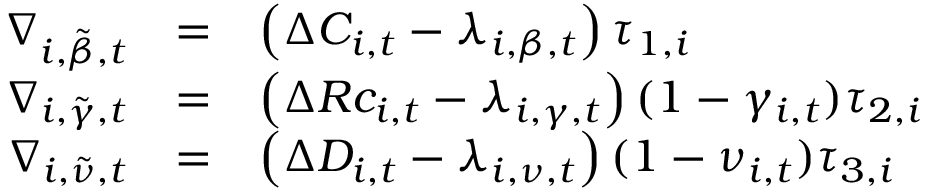
\begin{array} { r c l } { \nabla _ { i , \tilde { \beta } , t } } & { = } & { \left( \Delta C _ { i , t } - \lambda _ { i , \beta , t } \right) \tau _ { 1 , i } } \\ { \nabla _ { i , \tilde { \gamma } , t } } & { = } & { \left( \Delta R c _ { i , t } - \lambda _ { i , \gamma , t } \right) ( 1 - \gamma _ { i , t } ) \tau _ { 2 , i } } \\ { \nabla _ { i , \tilde { \nu } , t } } & { = } & { \left( \Delta D _ { i , t } - \lambda _ { i , \nu , t } \right) ( 1 - \nu _ { i , t } ) \tau _ { 3 , i } } \end{array}